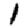
Digit: 1